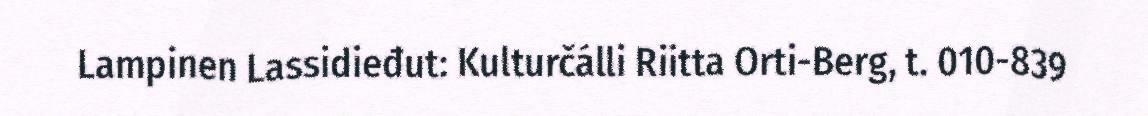
Lampinen Lassidieđut: Kulturčálli Riitta Orti-Berg, t. 010-839